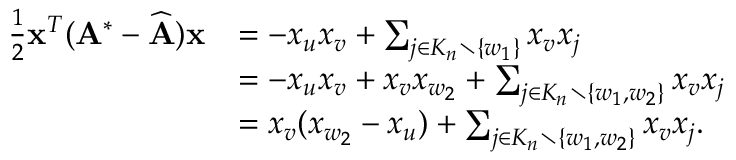
\begin{array} { r l } { \frac { 1 } { 2 } \mathbf { x } ^ { T } ( \mathbf { A } ^ { * } - \widehat { \mathbf { A } } ) \mathbf { x } } & { = - x _ { u } x _ { v } + \sum _ { j \in K _ { n } \setminus \{ w _ { 1 } \} } x _ { v } x _ { j } } \\ & { = - x _ { u } x _ { v } + x _ { v } x _ { w _ { 2 } } + \sum _ { j \in K _ { n } \setminus \{ w _ { 1 } , w _ { 2 } \} } x _ { v } x _ { j } } \\ & { = x _ { v } ( x _ { w _ { 2 } } - x _ { u } ) + \sum _ { j \in K _ { n } \setminus \{ w _ { 1 } , w _ { 2 } \} } x _ { v } x _ { j } . } \end{array}